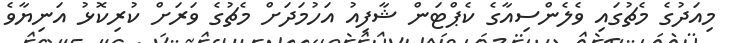
މިއަދުގެ މެޗުގައި ވެލެންސިއާގެ ކެޕްޓަން ޝާފިއު އަހުމަދަށް މެޗުގެ ވަރަށް ކުރިކޮޅު އަނިޔާވެ